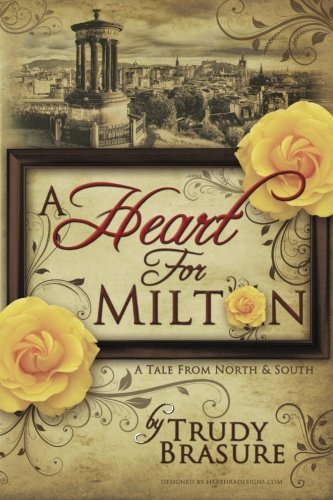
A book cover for A Heart for Milton: A Tale from North and South; Trudy Brasure; Romance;